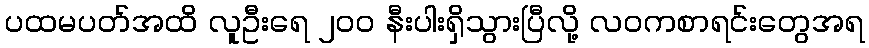
ပထမပတ်အထိ လူဦးရေ ၂၀၀ နီးပါးရှိသွားပြီလို့ လဝကစာရင်းတွေအရ